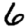
Digit: 6